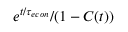
e ^ { t / { \tau _ { e c o n } } } / ( 1 - C ( t ) )